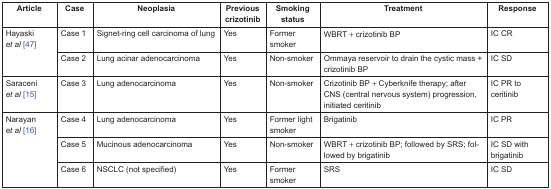
| Article | Case | Neoplasia | Previous crizotinib | Smoking status | Treatment | Response |
 | --- | --- | --- | --- | --- | --- | --- |
 | <ROWSPAN=2> Hayaskiet al [47] | Case 1 | Signet-ring cell carcinoma of lung | Yes | Former smoker | WBRT + crizotinib BP | IC CR |
 | Case 2 | Lung acinar adenocarcinoma | Yes | Non-smoker | Ommaya reservoir to drain the cystic mass + crizotinib BP | IC SD |
 | Saraceniet al [15] | Case 3 | Lung adenocarcinoma | Yes | Non-smoker | Crizotinib BP + Cyberknife therapy; after CNS (central nervous system) progression, initiated ceritinib | IC PR to ceritinib |
 | <ROWSPAN=3> Narayanet al [16] | Case 4 | Lung adenocarcinoma | Yes | Former light smoker | Brigatinib | IC PR |
 | Case 5 | Mucinous adenocarcinoma | Yes | Non-smoker | WBRT + crizotinib BP; followed by SRS; followed by brigatinib | IC SD with brigatinib |
 | Case 6 | NSCLC (not specified) | Yes | Former smoker | SRS | IC SD |